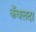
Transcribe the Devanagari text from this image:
कँवलदा